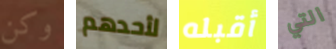
وكن لأحدهم أقبله التي